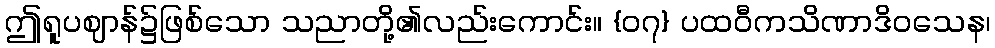
ဤရူပဈာန်၌ဖြစ်သော သညာတို့၏လည်းကောင်း။ {၀၇} ပထဝီကသိဏာဒိဝသေန၊